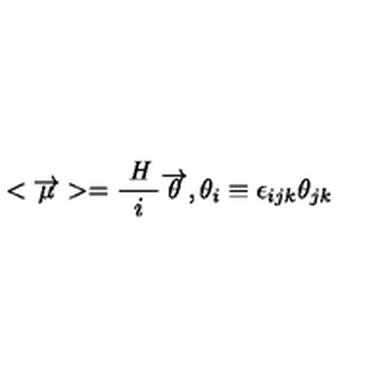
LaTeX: < \overrightarrow { \mu } > = \frac { \textit { H } } { i } \overrightarrow { \theta } , \theta _ { i } \equiv \epsilon _ { i j k } \theta _ { j k }